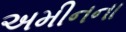
અમીનના